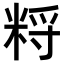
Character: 𥹽